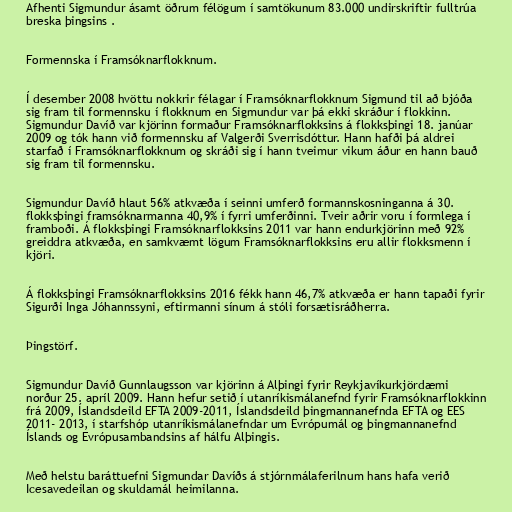
Afhenti Sigmundur ásamt öðrum félögum í samtökunum 83.000 undirskriftir fulltrúa
breska þingsins .

Formennska í Framsóknarflokknum.

Í desember 2008 hvöttu nokkrir félagar í Framsóknarflokknum Sigmund til að bjóða
sig fram til formennsku í flokknum en Sigmundur var þá ekki skráður í flokkinn.
Sigmundur Davíð var kjörinn formaður Framsóknarflokksins á flokksþingi 18. janúar
2009 og tók hann við formennsku af Valgerði Sverrisdóttur. Hann hafði þá aldrei
starfað í Framsóknarflokknum og skráði sig í hann tveimur vikum áður en hann bauð
sig fram til formennsku.

Sigmundur Davíð hlaut 56% atkvæða í seinni umferð formannskosninganna á 30.
flokksþingi framsóknarmanna 40,9% í fyrri umferðinni. Tveir aðrir voru í formlega í
framboði. Á flokksþingi Framsóknarflokksins 2011 var hann endurkjörinn með 92%
greiddra atkvæða, en samkvæmt lögum Framsóknarflokksins eru allir flokksmenn í
kjöri.

Á flokksþingi Framsóknarflokksins 2016 fékk hann 46,7% atkvæða er hann tapaði fyrir
Sigurði Inga Jóhannssyni, eftirmanni sínum á stóli forsætisráðherra.

Þingstörf.

Sigmundur Davíð Gunnlaugsson var kjörinn á Alþingi fyrir Reykjavíkurkjördæmi
norður 25. apríl 2009. Hann hefur setið í utanríkismálanefnd fyrir Framsóknarflokkinn
frá 2009, Íslandsdeild EFTA 2009-2011, Íslandsdeild þingmannanefnda EFTA og EES
2011- 2013, í starfshóp utanríkismálanefndar um Evrópumál og þingmannanefnd
Íslands og Evrópusambandsins af hálfu Alþingis.

Með helstu baráttuefni Sigmundar Davíðs á stjórnmálaferilnum hans hafa verið
Icesavedeilan og skuldamál heimilanna.